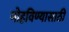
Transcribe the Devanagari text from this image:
मोहविण्यासाठी